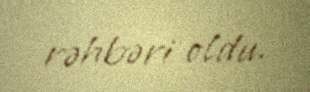
rəhbəri oldu.